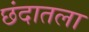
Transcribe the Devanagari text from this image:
छंदातला